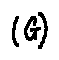
( G )